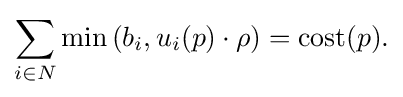
{\begin{aligned}\sum _{i\in N}\min \left(b_{i},u_{i}(p)\cdot \rho \right)=\mathrm {cost} (p){\text{.}}\end{aligned}}